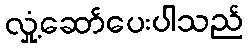
လှုံ့ဆော်ပေးပါသည်